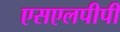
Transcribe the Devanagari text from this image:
एसएलपीपी